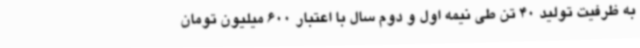
به ظرفیت تولید 40 تن طی نیمه اول و دوم سال با اعتبار 600 میلیون تومان